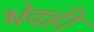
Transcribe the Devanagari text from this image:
भेदही